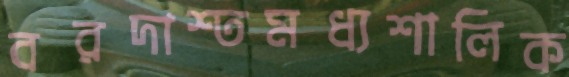
বরদাশ্তমধ্যশালিক